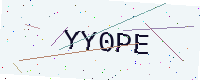
Text: YY0PE